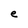
Character: e